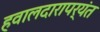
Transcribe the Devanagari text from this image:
हवालदारापर्यंत